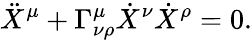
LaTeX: \ddot{X}^{\mu}+\Gamma_{\nu\rho}^{\mu}\dot{X}^{\nu}\dot{X}^{\rho}=0.